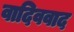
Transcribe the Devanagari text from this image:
वादिववाद